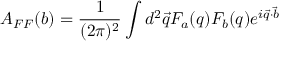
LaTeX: A _ { F F } ( b ) = { \frac { 1 } { ( 2 \pi ) ^ { 2 } } } \int d ^ { 2 } \vec { q } { \cal F } _ { a } ( q ) { \cal F } _ { b } ( q ) e ^ { i \vec { q } \cdot \vec { b } }